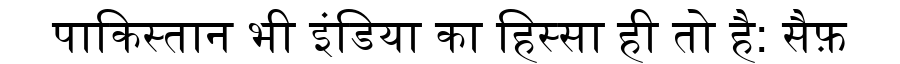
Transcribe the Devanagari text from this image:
पाकिस्तान भी इंडिया का हिस्सा ही तो है: सैफ़